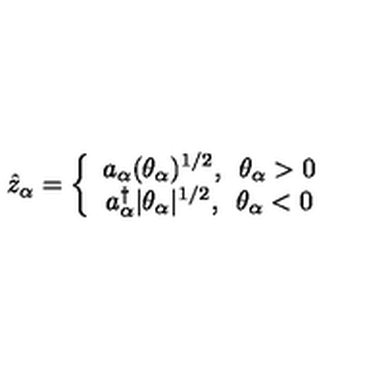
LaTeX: \hat { z } _ { \alpha } = \left\{ \begin{array} { c } { a _ { \alpha } ( \theta _ { \alpha } ) ^ { 1 / 2 } , \enspace \theta _ { \alpha } > 0 } \\ { a _ { \alpha } ^ { \dagger } | \theta _ { \alpha } | ^ { 1 / 2 } , \enspace \theta _ { \alpha } < 0 } \\ \end{array} \right.